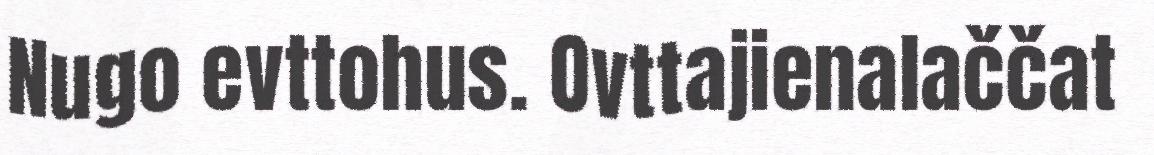
Nugo evttohus. Ovttajienalaččat